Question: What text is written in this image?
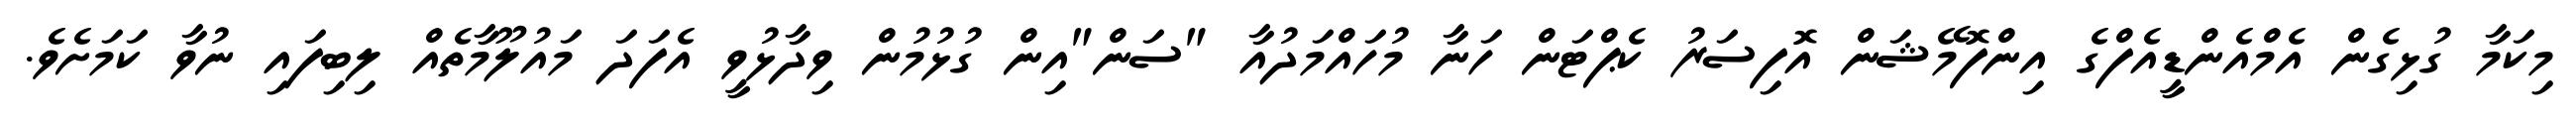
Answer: މިކަމާ ގުޅިގެން އެމްއެންޑީއެފްގެ އިންފޮމޭޝަން އޮފިސަރު ކެޕްޓަން ހަނާ މުހައްމަދުއާ "ސަން"އިން ގުޅުމުން ވިދާޅުވީ އެފަދަ މައުލޫމާތެއް ލިބިފައި ނުވާ ކަމަށެވެ.